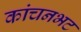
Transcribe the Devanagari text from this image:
कांचनभट